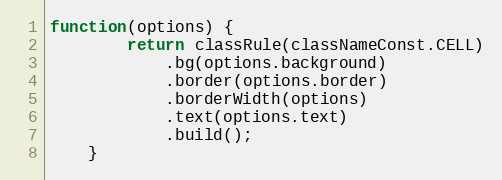
Language: JavaScript
function(options) {
        return classRule(classNameConst.CELL)
            .bg(options.background)
            .border(options.border)
            .borderWidth(options)
            .text(options.text)
            .build();
    }